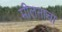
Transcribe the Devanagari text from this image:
मीलनाचा